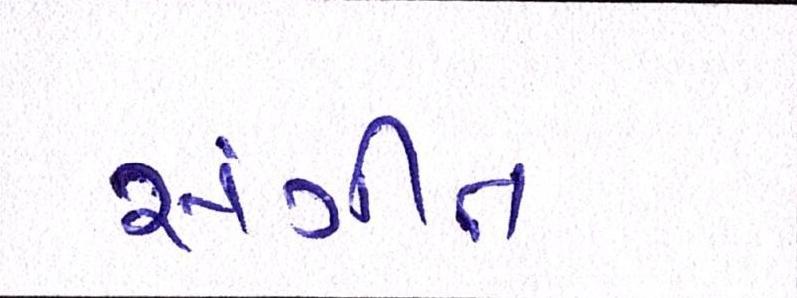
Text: સંગીત